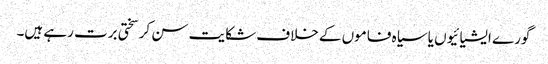
گورے ایشیائیوں یا سیاہ فاموں کے خلاف شکایت سن کر سختی برت رہے ہیں۔